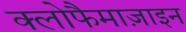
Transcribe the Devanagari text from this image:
क्लोफैमाज़ाइन